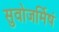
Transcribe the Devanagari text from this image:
सुवोजर्मिषं